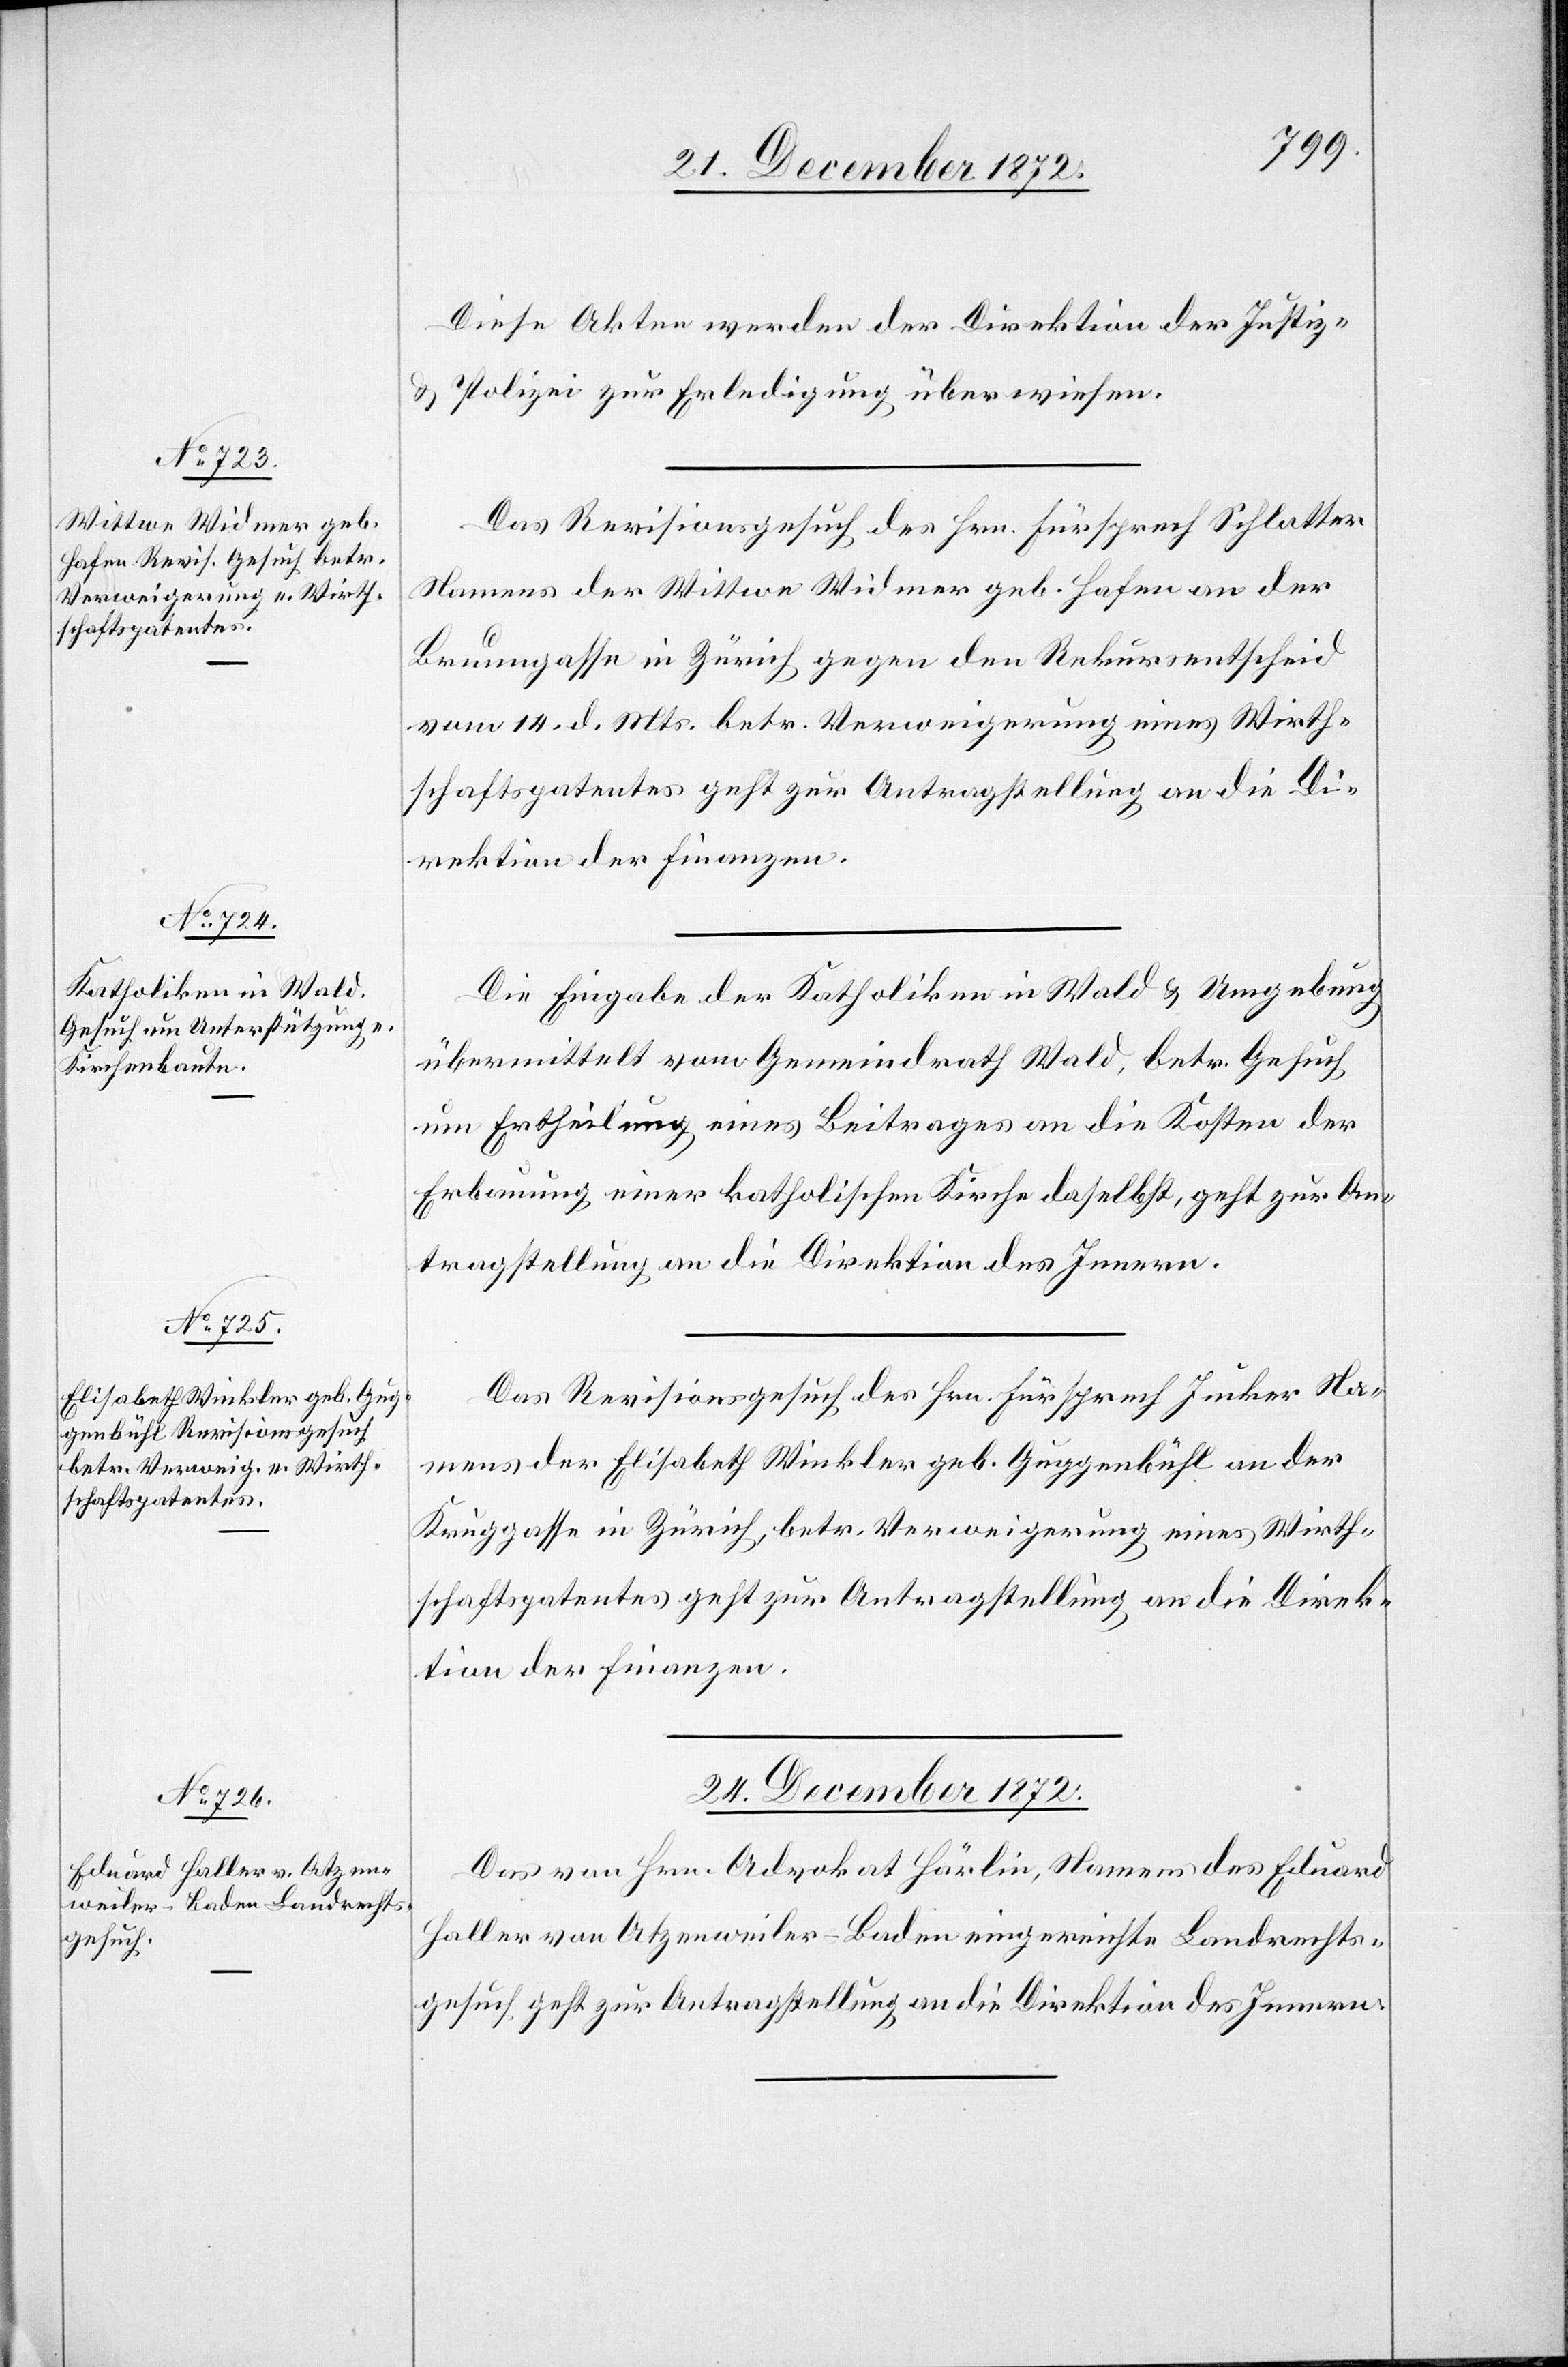
23. December 1872.]
Diese Akten werden der Direktion der Justiz
u. Polizei zur Erledigung überwiesen.
Das Revisionsgesuch des Hrn. Fürsprech Schlatter
Namens der Wittwe Widmer geb. Hafen an der
Brunngasse in Zürich gegen den Rekursentscheid
vom 14. d. Mts. betr. Verweigerung eines Wirth¬
schaftspatentes geht zur Antragstellung an die Di¬
rektion der Finanzen.
Die Eingabe der Katholiken in Wald u. Umgebung
übermittelt vom Gemeindrath Wald, betr. Gesuch
um Ertheilung eines Beitrages an die Kosten der
Erbauung einer katholischen Kirche daselbst, geht zur An¬
tragstellung an die Direktion des Innern.
Das Revisionsgesuch des Hrn. Fürsprech Jucker Na¬
mens der Elisabeth Winkler geb. Guggenbühl an der
Kruggasse in Zürich, betr. Verweigerung eines Wirth¬
schaftspatentes geht zur Antragstellung an die Direk¬
tion der Finanzen.
24. December 1872.
Das von Hrn. Advokat Härlin, namens des Eduard
Haller von Atzenweiler - Baden eingereichte Landrechts¬
gesuch, geht zur Antragstellung an die Direktion des Innern.